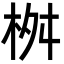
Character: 桝